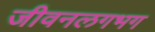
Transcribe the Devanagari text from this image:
जीवनलगभग